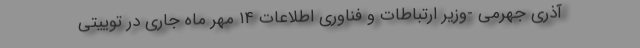
آذری جهرمی -وزیر ارتباطات و فناوری اطلاعات ۱۴ مهر ماه جاری در توییتی